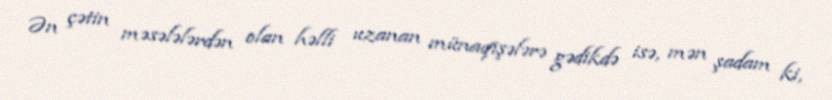
Ən çətin məsələlərdən olan həlli uzanan münaqişələrə gədikdə isə, mən şadam ki,